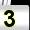
Digit: 3